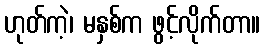
ဟုတ်ကဲ့၊ မနှစ်က ဖွင့်လိုက်တာ။